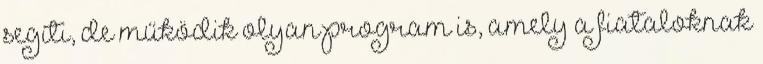
segíti, de működik olyan program is, amely a fiataloknak